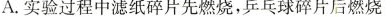
A.实验过程中滤纸碎片先燃烧，乒乓球碎片后燃烧